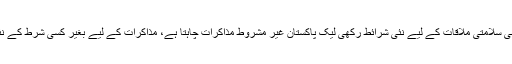
ان کا کہنا تھا کہ بھارت نے قومی سلامتی ملاقات کے لیے نئی شرائط رکھی لیک پاکستان غیر مشروط مذاکرات چاہتا ہے، مذاکرات کے لیے بغیر کسی شرط کے نئی دہلی جانے کے لیے تیار ہیں۔